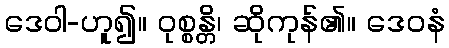
ဒေဝါ-ဟူ၍။ ဝုစ္စန္တိ၊ ဆိုကုန်၏။ ဒေဝနံ